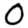
Digit: 0